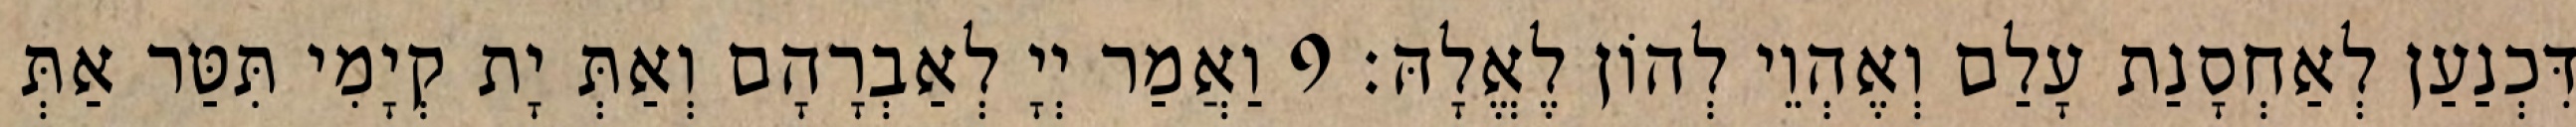
דִּכְנַעַן לְאַחְסָנַת עָלַם וְאֶהְוֵי לְהוֹן לֶאֱלָהּ׃ 9 וַאֲמַר יְיָ לְאַבְרָהָם וְאַתְּ יָת קְיָמִי תִּטַּר אַתְּ